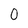
Character: 0